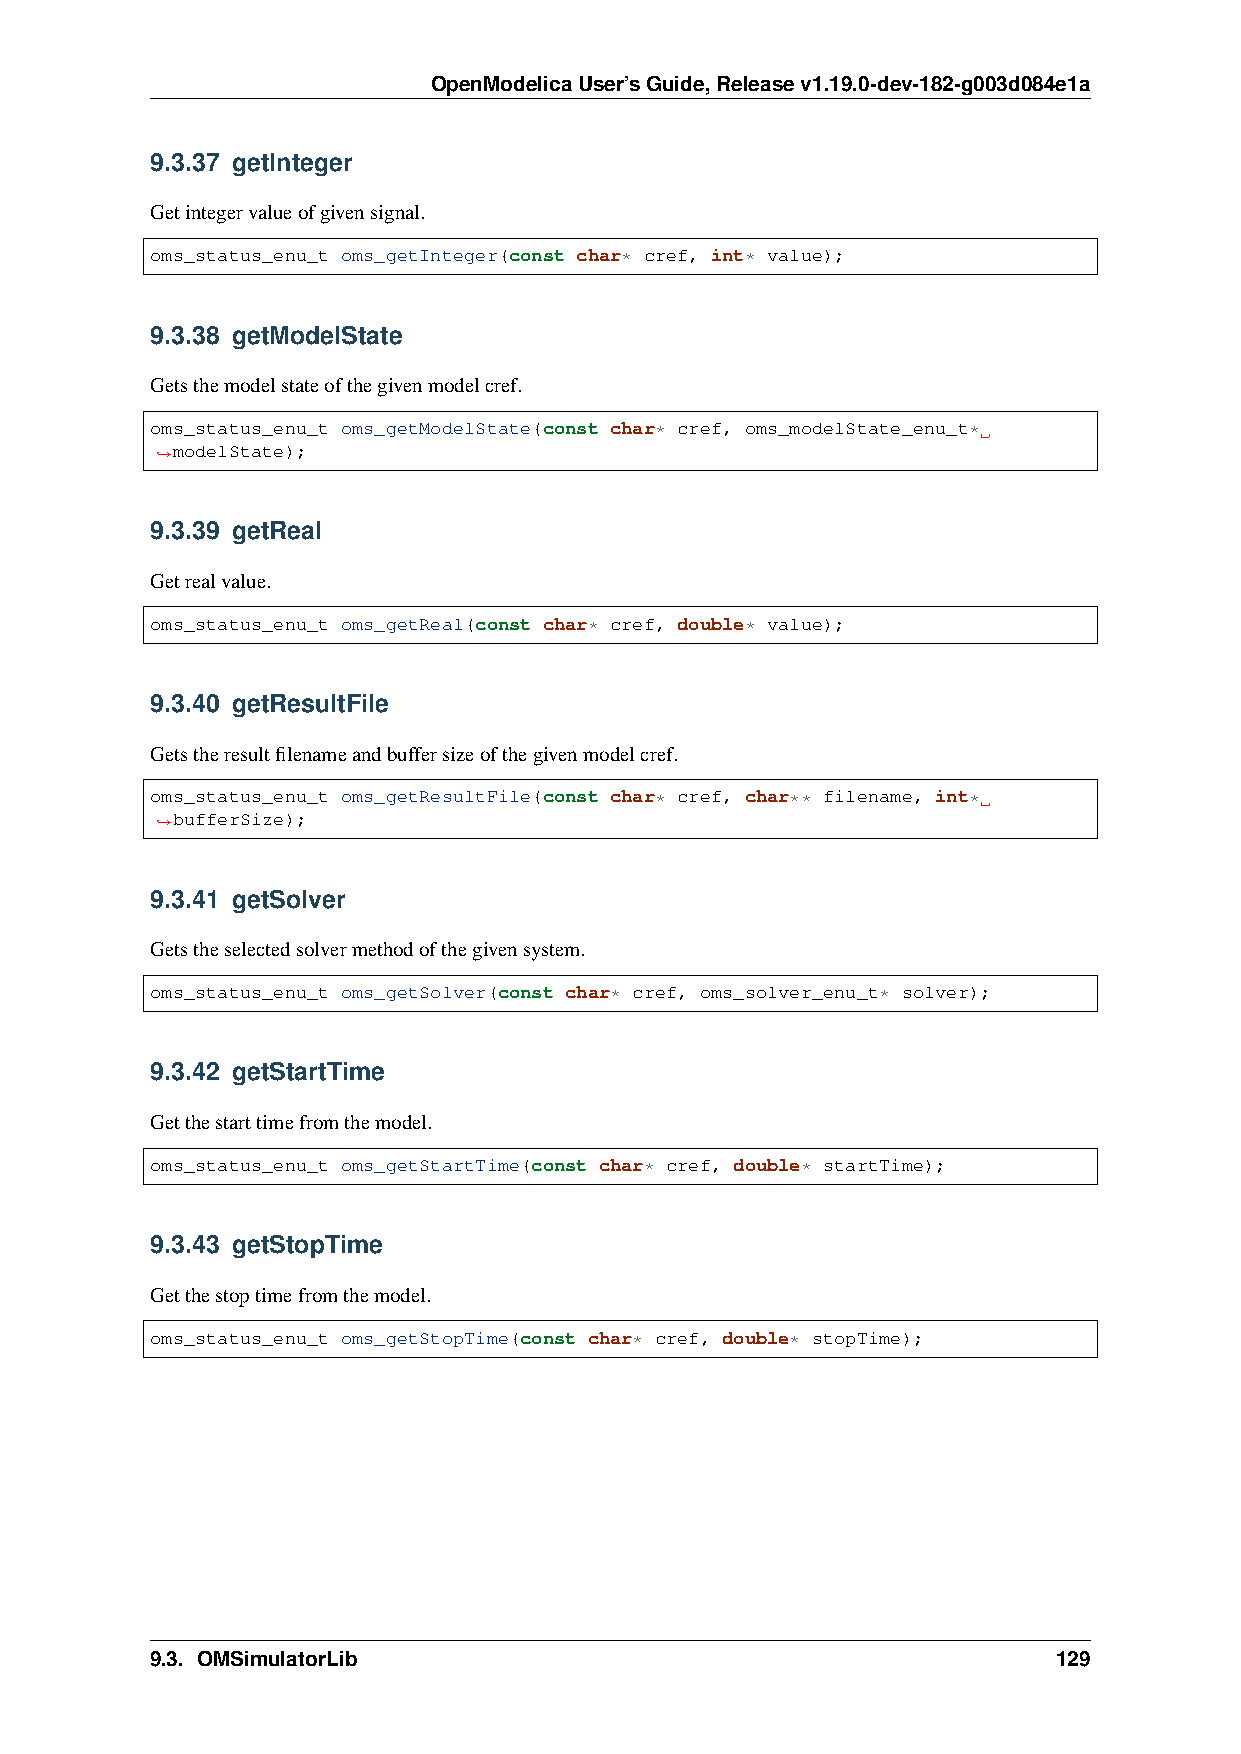
OpenModelicaUser’sGuide,Releasev1.19.0-dev-182-g003d084e1a
 9.3.37 getInteger
 Getintegervalueofgivensignal.
 oms_status_enu_t oms_getInteger(const char* cref, int* value);
 9.3.38 getModelState
 Getsthemodelstateofthegivenmodelcref.
 oms_status_enu_t oms_getModelState(const char* cref, oms_modelState_enu_t*
 modelState);
 ˓→
 9.3.39 getReal
 Getrealvalue.
 oms_status_enu_t oms_getReal(const char* cref, double* value);
 9.3.40 getResultFile
 Getstheresultfilenameandbuffersizeofthegivenmodelcref.
 oms_status_enu_t oms_getResultFile(const char* cref, char** filename, int*
 bufferSize);
 ˓→
 9.3.41 getSolver
 Getstheselectedsolvermethodofthegivensystem.
 oms_status_enu_t oms_getSolver(const char* cref, oms_solver_enu_t* solver);
 9.3.42 getStartTime
 Getthestarttimefromthemodel.
 oms_status_enu_t oms_getStartTime(const char* cref, double* startTime);
 9.3.43 getStopTime
 Getthestoptimefromthemodel.
 oms_status_enu_t oms_getStopTime(const char* cref, double* stopTime);
 9.3. OMSimulatorLib                                         129